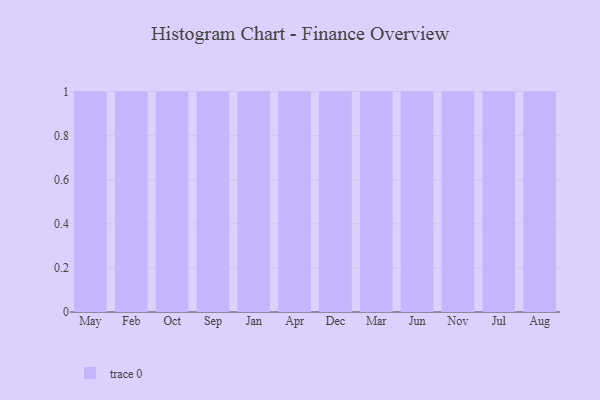
{"axis": {"x": "Month", "y": "Humidity (%)"}, "legend": [""], "data": [{"x": "May", "y": 97, "type": ""}, {"x": "Feb", "y": 10, "type": ""}, {"x": "Oct", "y": 12, "type": ""}, {"x": "Sep", "y": 95, "type": ""}, {"x": "Jan", "y": 47, "type": ""}, {"x": "Apr", "y": 37, "type": ""}, {"x": "Dec", "y": 61, "type": ""}, {"x": "Mar", "y": 80, "type": ""}, {"x": "Jun", "y": 96, "type": ""}, {"x": "Nov", "y": 73, "type": ""}, {"x": "Jul", "y": 23, "type": ""}, {"x": "Aug", "y": 74, "type": ""}]}